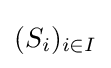
(S_{i})_{i\in I}